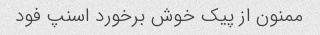
ممنون از پیک خوش برخورد اسنپ فود